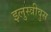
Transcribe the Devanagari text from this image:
इलुस्त्रीवुस